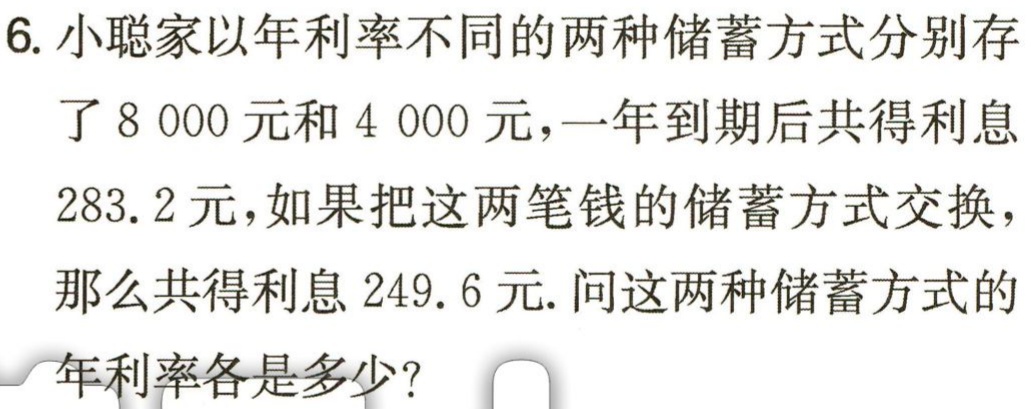
6. 小聪家以年利率不同的两种储蓄方式分别存了8 000元和4 000元，一年到期后共得利息283.2元，如果把这两笔钱的储蓄方式交换，那么共得利息249.6元. 问这两种储蓄方式的年利率各是多少？